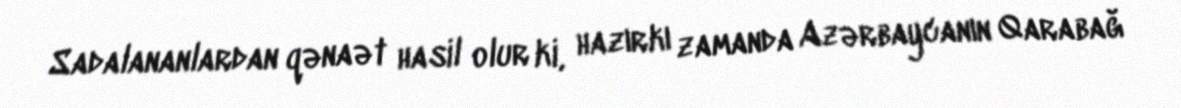
Sadalananlardan qənaət hasil olur ki, hazırkı zamanda Azərbaycanın Qarabağ